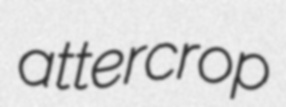
attercrop